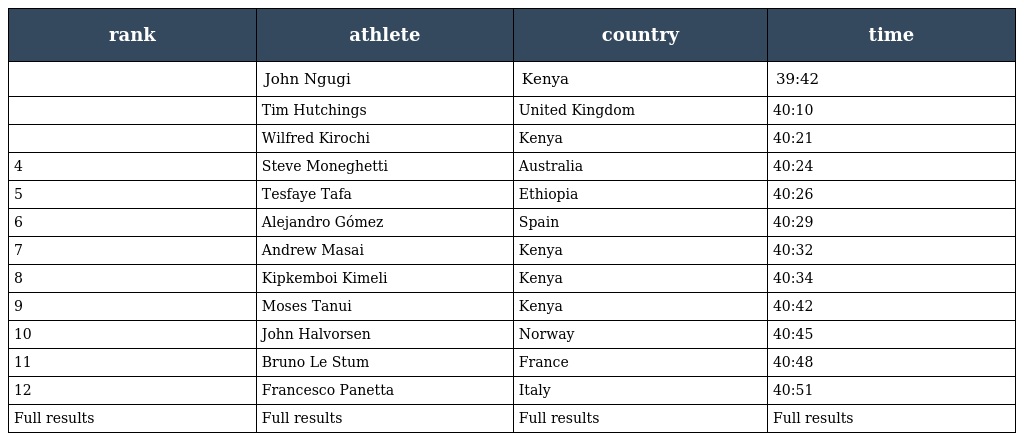
| rank | athlete | country | time |
 | --- | --- | --- | --- |
 |  | John Ngugi | Kenya | 39:42 |
 |  | Tim Hutchings | United Kingdom | 40:10 |
 |  | Wilfred Kirochi | Kenya | 40:21 |
 | 4 | Steve Moneghetti | Australia | 40:24 |
 | 5 | Tesfaye Tafa | Ethiopia | 40:26 |
 | 6 | Alejandro Gómez | Spain | 40:29 |
 | 7 | Andrew Masai | Kenya | 40:32 |
 | 8 | Kipkemboi Kimeli | Kenya | 40:34 |
 | 9 | Moses Tanui | Kenya | 40:42 |
 | 10 | John Halvorsen | Norway | 40:45 |
 | 11 | Bruno Le Stum | France | 40:48 |
 | 12 | Francesco Panetta | Italy | 40:51 |
 | Full results | Full results | Full results | Full results |